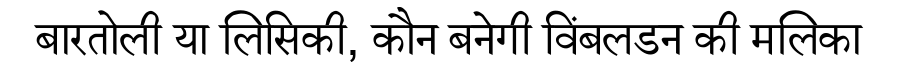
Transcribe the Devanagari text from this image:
बारतोली या लिसिकी, कौन बनेगी विंबलडन की मलिका